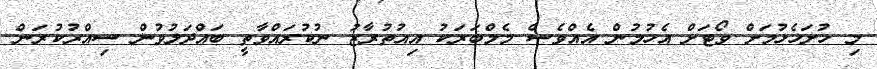
މި ހުށަހެޅުމަށް ވޯޓަށް އެހުމުން އެއްވެސް މެމްބަރަކު އިއުތުރާޒު ނުކުރައްވާތީ ބައްދަލުވުން ސިއްރުކުރަން